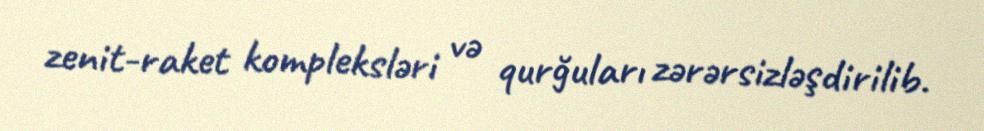
zenit-raket kompleksləri və qurğuları zərərsizləşdirilib.